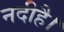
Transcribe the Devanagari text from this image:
नदीहै।